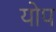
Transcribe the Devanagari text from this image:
योप